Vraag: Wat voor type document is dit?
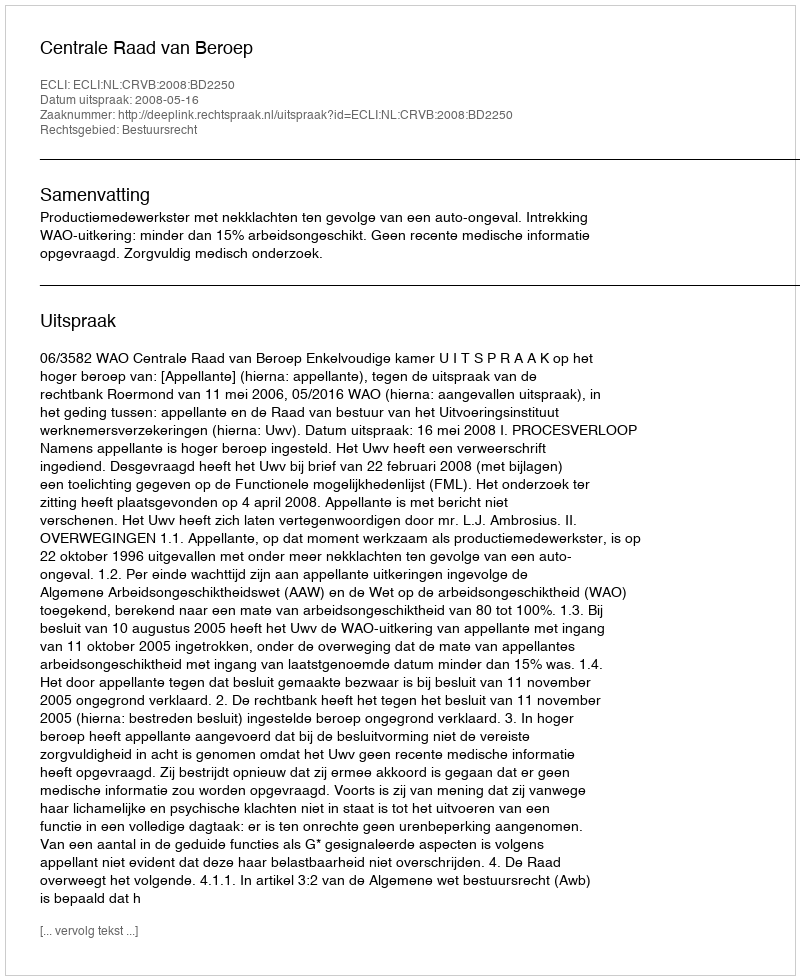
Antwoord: Uitspraak